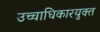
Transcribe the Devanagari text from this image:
उच्चाधिकारयुक्त